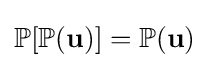
\mathbb {P} [\mathbb {P} (\mathbf {u} )]=\mathbb {P} (\mathbf {u} )